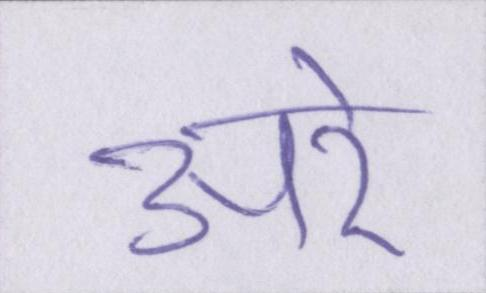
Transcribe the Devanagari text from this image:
अरे